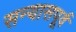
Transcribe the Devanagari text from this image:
सन्यासपूर्व